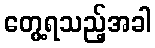
တွေ့ရသည့်အခါ